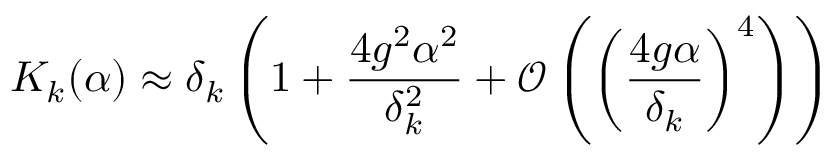
K _ { k } ( \alpha ) \approx \delta _ { k } \left( 1 + \frac { 4 g ^ { 2 } \alpha ^ { 2 } } { \delta _ { k } ^ { 2 } } + \mathcal { O } \left( \left( \frac { 4 g \alpha } { \delta _ { k } } \right) ^ { 4 } \right) \right)